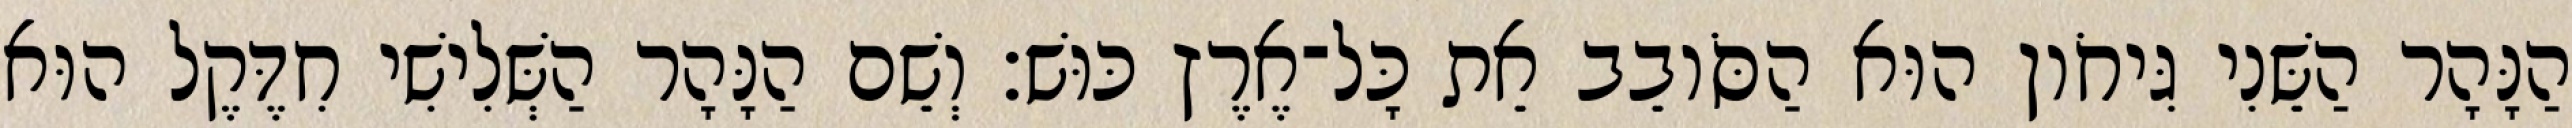
הַנָּהָר הַשֵּׁנִי גִּיחֹון הוּא הַסֹּובֵב אֵת כָּל־אֶרֶץ כּוּשׁ׃ וְשֵׁם הַנָּהָר הַשְּׁלִישִׁי חִדֶּקֶל הוּא